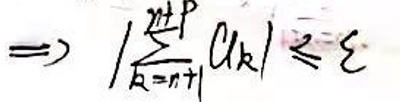
\[
\Longrightarrow\left|\sum_{k = n + 1}^{n + p} a_{k}\right| \leq \varepsilon
\]